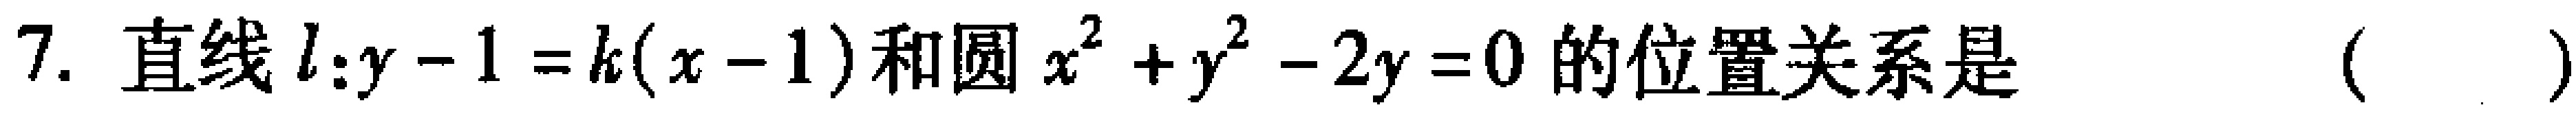
7. 直线\(l:y - 1 = k(x - 1)\)和圆\(x^{2} + y^{2} - 2y = 0\)的位置关系是 （  ）